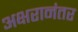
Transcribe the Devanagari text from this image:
अक्षरानंतर